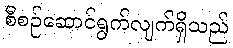
စီစဉ်ဆောင်ရွက်လျက်ရှိသည်